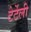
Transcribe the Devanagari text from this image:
टेर्टेली